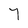
Character: 7